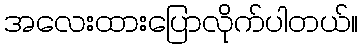
အလေးထားပြောလိုက်ပါတယ်။